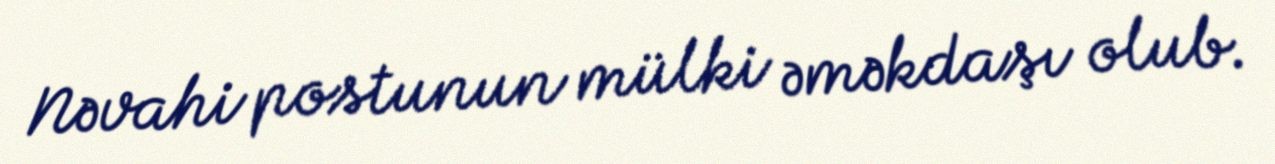
Nəvahi postunun mülki əməkdaşı olub.